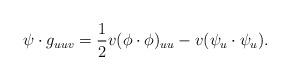
LaTeX: \begin{align*} \psi\cdot g_{uuv}=\frac12v(\phi\cdot \phi)_{uu}-v(\psi_{u}\cdot \psi_{u}). \end{align*}